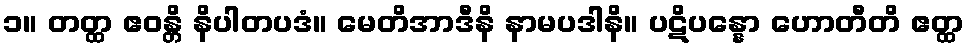
၁။ တတ္ထ ဧဝန္တိ နိပါတပဒံ။ မေတိအာဒီနိ နာမပဒါနိ။ ပဋိပန္နော ဟောတီတိ ဧတ္ထ